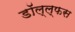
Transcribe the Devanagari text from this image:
डॉल्ल्फस